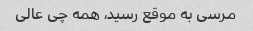
مرسی به موقع رسید، همه چی عالی